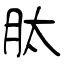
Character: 肽